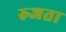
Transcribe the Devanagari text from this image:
रुजता